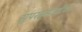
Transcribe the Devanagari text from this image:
सुपरइम्पोज़ीशन